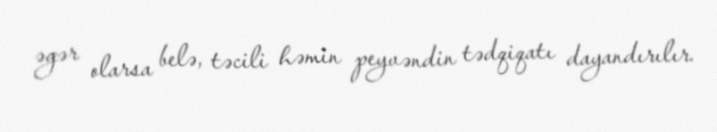
əgər olarsa belə, təcili həmin peyvəndin tədqiqatı dayandırılır.